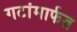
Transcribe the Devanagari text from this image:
गटांमार्फत